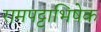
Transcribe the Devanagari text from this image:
रामपट्टाभिषेक